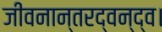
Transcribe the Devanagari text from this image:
जीवनान्तरद्वन्द्व।